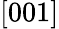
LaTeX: [001]